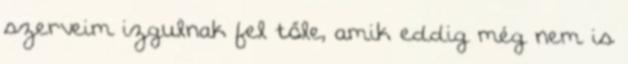
szerveim izgulnak fel tőle, amik eddig még nem is